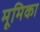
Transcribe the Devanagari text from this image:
मूमिका